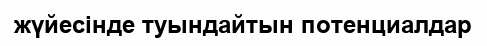
жүйесінде туындайтын потенциалдар